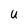
Character: U